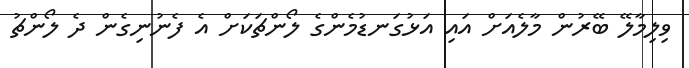
ވިލިމާލޭ ބޭރުން މާލެއަށް އައި އަޅުގަނޑުމެންގެ ލޯންޗަކަށް އެ ފެނުނިގެން ދެ ލޯންޗު